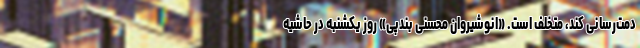
دمت‌رسانی کند، متخلف است. «انوشیروان محسنی بندپی» روز یکشنبه در حاشیه